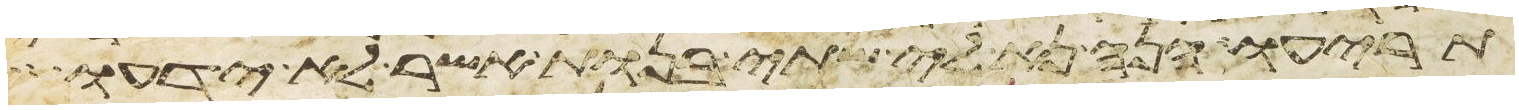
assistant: תריעו הנה נא לי שתי בנות אשר לא ידעו